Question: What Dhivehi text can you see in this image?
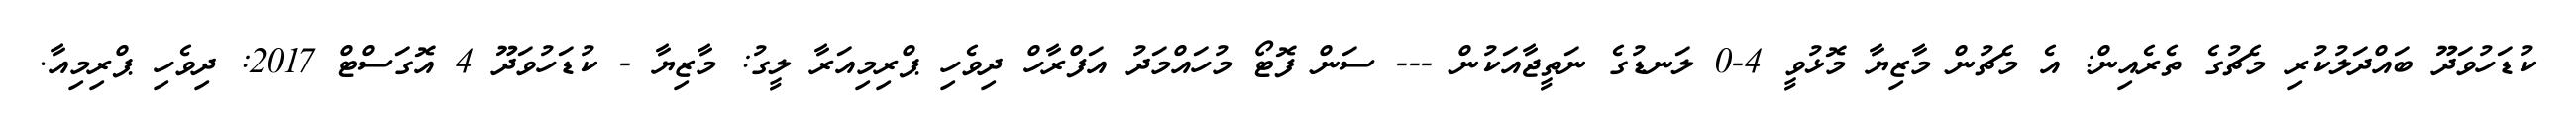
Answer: ކުޑަހުވަދޫ ބައްދަލުކުރި މެޗުގެ ތެރެއިން: އެ މެޗުން މާޒިޔާ މޮޅުވީ 4-0 ލަނޑުގެ ނަތީޖާއަކުން --- ސަން ފޮޓޯ މުހައްމަދު އަފްރާހް ދިވެހި ޕްރިމިއަރާ ލީގު: މާޒިޔާ - ކުޑަހުވަދޫ 4 އޮގަސްޓް 2017: ދިވެހި ޕްރިމިއާ.